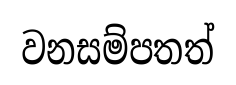
වනසම්පතත්